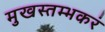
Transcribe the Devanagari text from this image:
मुखस्तम्भकरं